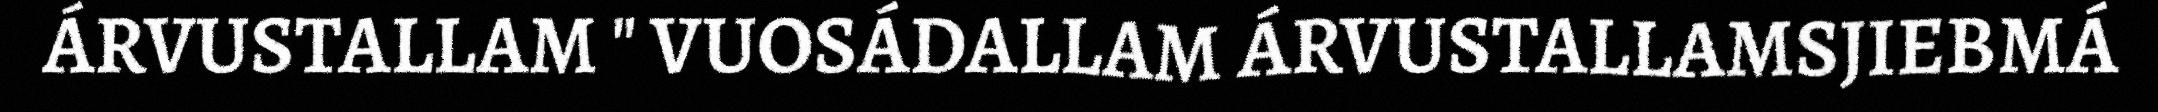
ÁRVUSTALLAM " VUOSÁDALLAM ÁRVUSTALLAMSJIEBMÁ